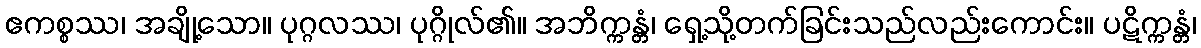
ဧကစ္စဿ၊ အချို့သော။ ပုဂ္ဂလဿ၊ ပုဂ္ဂိုလ်၏။ အဘိက္ကန္တံ၊ ရှေ့သို့တက်ခြင်းသည်လည်းကောင်း။ ပဋိက္ကန္တံ၊